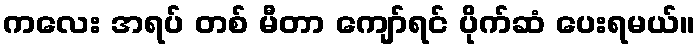
ကလေး အရပ် တစ် မီတာ ကျော်ရင် ပိုက်ဆံ ပေးရမယ်။